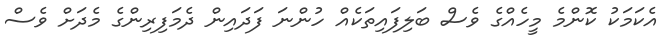
އެކަމަކު ކޮންމެ މީހެއްގެ ވެސް ބަލިފައިތަކެއް ހުންނަ ފަދައިން ދެމަފިރިންގެ މެދަށް ވެސް